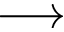
\longrightarrow